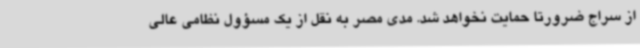
از سراج ضرورتا حمایت نخواهد شد. مدی مصر به نقل از یک مسؤول نظامی عالی